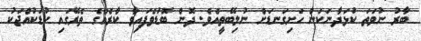
ބާރު ނުވަތަ ކުޅަދާނަކަން ހަށިގަނޑަށް ނުލިބޭތީއެވެ. ދޮން ބޮޑުވެފައިވާ ކާރެއްގެ ތެރޭގައި ކުޑަކުއްޖަކު